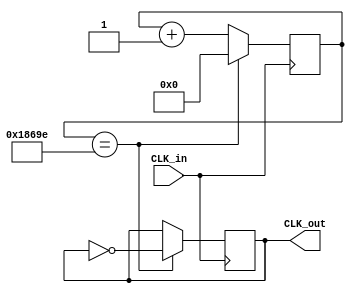
module clk_div#(parameter N=99999)(
    input CLK_in,
    output CLK_out
    );
    
    reg [31:0] counter=0;
    reg out=0;
    
    //Nclock_out
    always@(posedge CLK_in)begin
        if(counter ==N-1)begin
            counter<=0;
        end
        else begin
            counter<=counter+1;
        end
    end
    
    
    always@(posedge CLK_in)begin
        if(counter==N-1)begin
            out<=!out;
        end
     end
     
     
     assign CLK_out=out;
endmodule